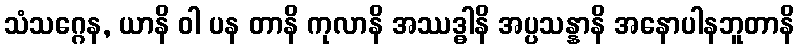
သံသဂ္ဂေန, ယာနိ ဝါ ပန တာနိ ကုလာနိ အဿဒ္ဓါနိ အပ္ပသန္နာနိ အနောပါနဘူတာနိ